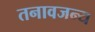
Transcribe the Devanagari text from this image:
तनावजन्य